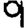
Digit: 9